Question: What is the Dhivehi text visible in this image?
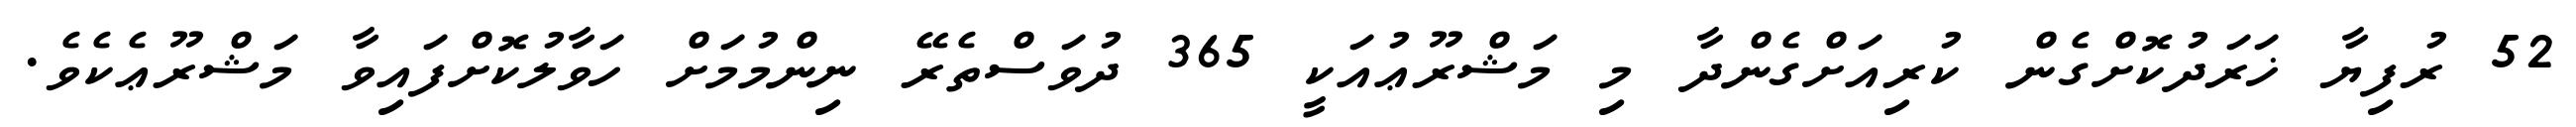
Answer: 52 ރުފިޔާ ޚަރަދުކޮށްގެން ކުރިއަށްގެންދާ މި މަޝްރޫޢުއަކީ 365 ދުވަސްތެރޭ ނިންމުމަށް ހަވާލުކޮށްފައިވާ މަޝްރޫޢެކެވެ.